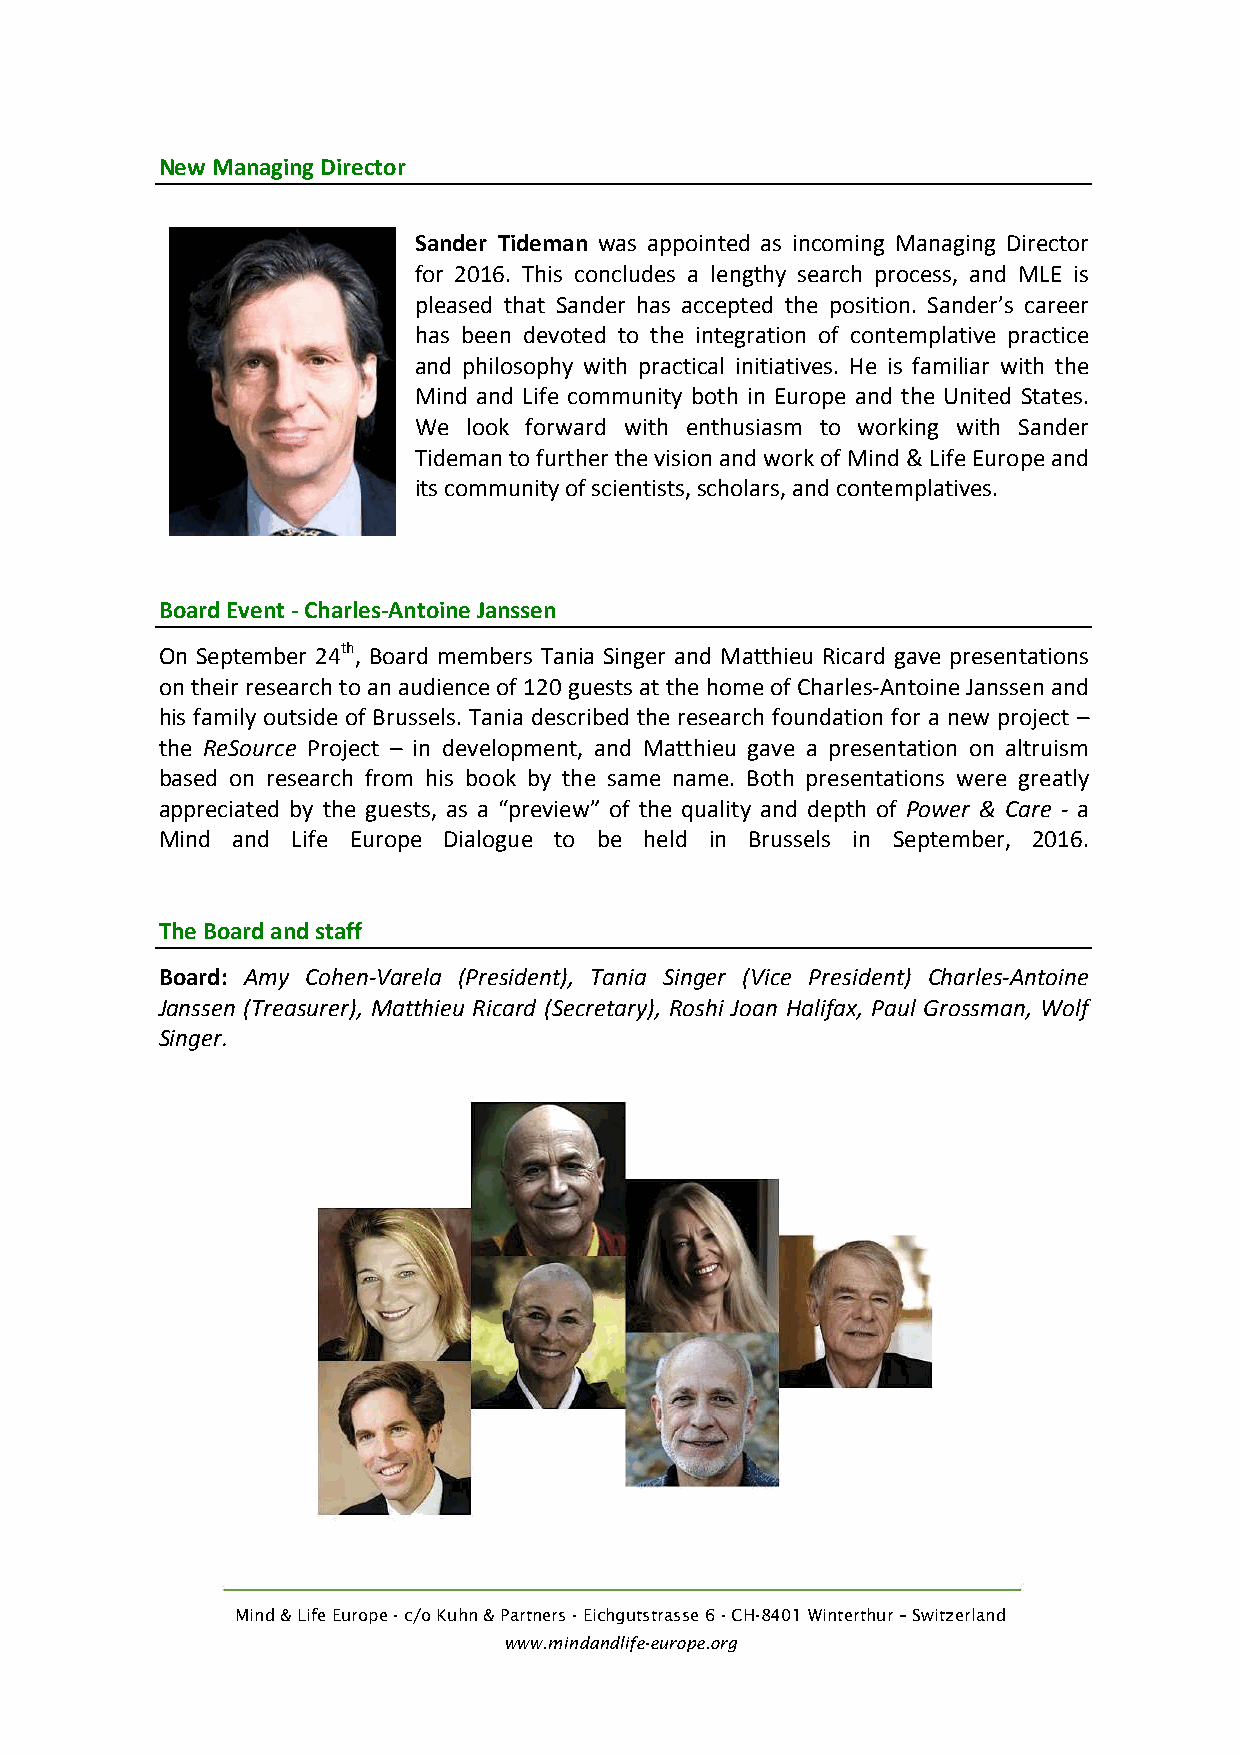
New'Managing'Director'
 '
 Sander'Tideman!was!appointed!as!incoming!Managing!Director!
 for!2016.!This!concludes!a!lengthy!search!process,!and!MLE!is!
 pleased!that!Sander!has!accepted!the!position.!Sander’s!career!
 has!been!devoted!to!the!integration!of!contemplative!practice!
 and!philosophy!with!practical!initiatives.!He!is!familiar!with!the!
 Mind!and!Life!community!both!in!Europe!and!the!United!States.!
 We! look! forward! with! enthusiasm! to! working! with! Sander!
 Tideman!to!further!the!vision!and!work!of!Mind!&!Life!Europe!and!
 its!community!of!scientists,!scholars,!and!contemplatives.'
 '
 '
 '
 Board'Event'Y'CharlesYAntoine'Janssen'
 On!September!24th,!Board!members!Tania!Singer!and!Matthieu!Ricard!gave!presentations!
 on!their!research!to!an!audience!of!120!guests!at!the!home!of!CharlesMAntoine!Janssen!and!
 his!family!outside!of!Brussels.!Tania!described!the!research!foundation!for!a!new!project!–
 the!ReSource!Project!–!in!development,!and!Matthieu!gave!a!presentation!on!altruism!
 based!on!research!from!his!book!by!the!same!name.!Both!presentations!were!greatly!
 appreciated!by!the!guests,!as!a!“preview”!of!the!quality!and!depth!of!Power)&)Care!M!a!
 Mind! and! Life! Europe! Dialogue! to! be! held! in! Brussels! in! September,! 2016.!!
 !
 !
 The'Board'and'staff'
 Board:) Amy) CohenHVarela) (President),) Tania) Singer) (Vice) President)) CharlesHAntoine)
 Janssen)(Treasurer),)Matthieu)Ricard)(Secretary),)Roshi)Joan)Halifax,)Paul)Grossman,)Wolf)
 Singer.)
 )
 )
 )
 Mind & Life Europe - c/o Kuhn & Partners - Eichgutstrasse 6 - CH-8401 Winterthur – Switzerland
 www.mindandlife-europe.org
 !